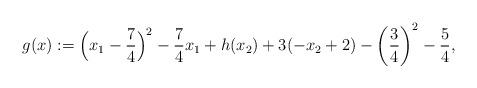
LaTeX: \begin{align*}g(x):=\Bigl(x_1 - \frac{7}{4}\Bigr)^2 -\frac{7}{4}x_1 + h(x_2) +3(-x_2+2)- \left(\frac{3}{4}\right)^2 -\frac{5}{4},\end{align*}